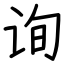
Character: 询